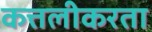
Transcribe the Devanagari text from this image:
कत्तलीकरता